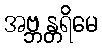
အဗ္ဘန္တရိမေ